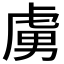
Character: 虜